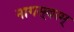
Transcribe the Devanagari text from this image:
नागस्वरम्